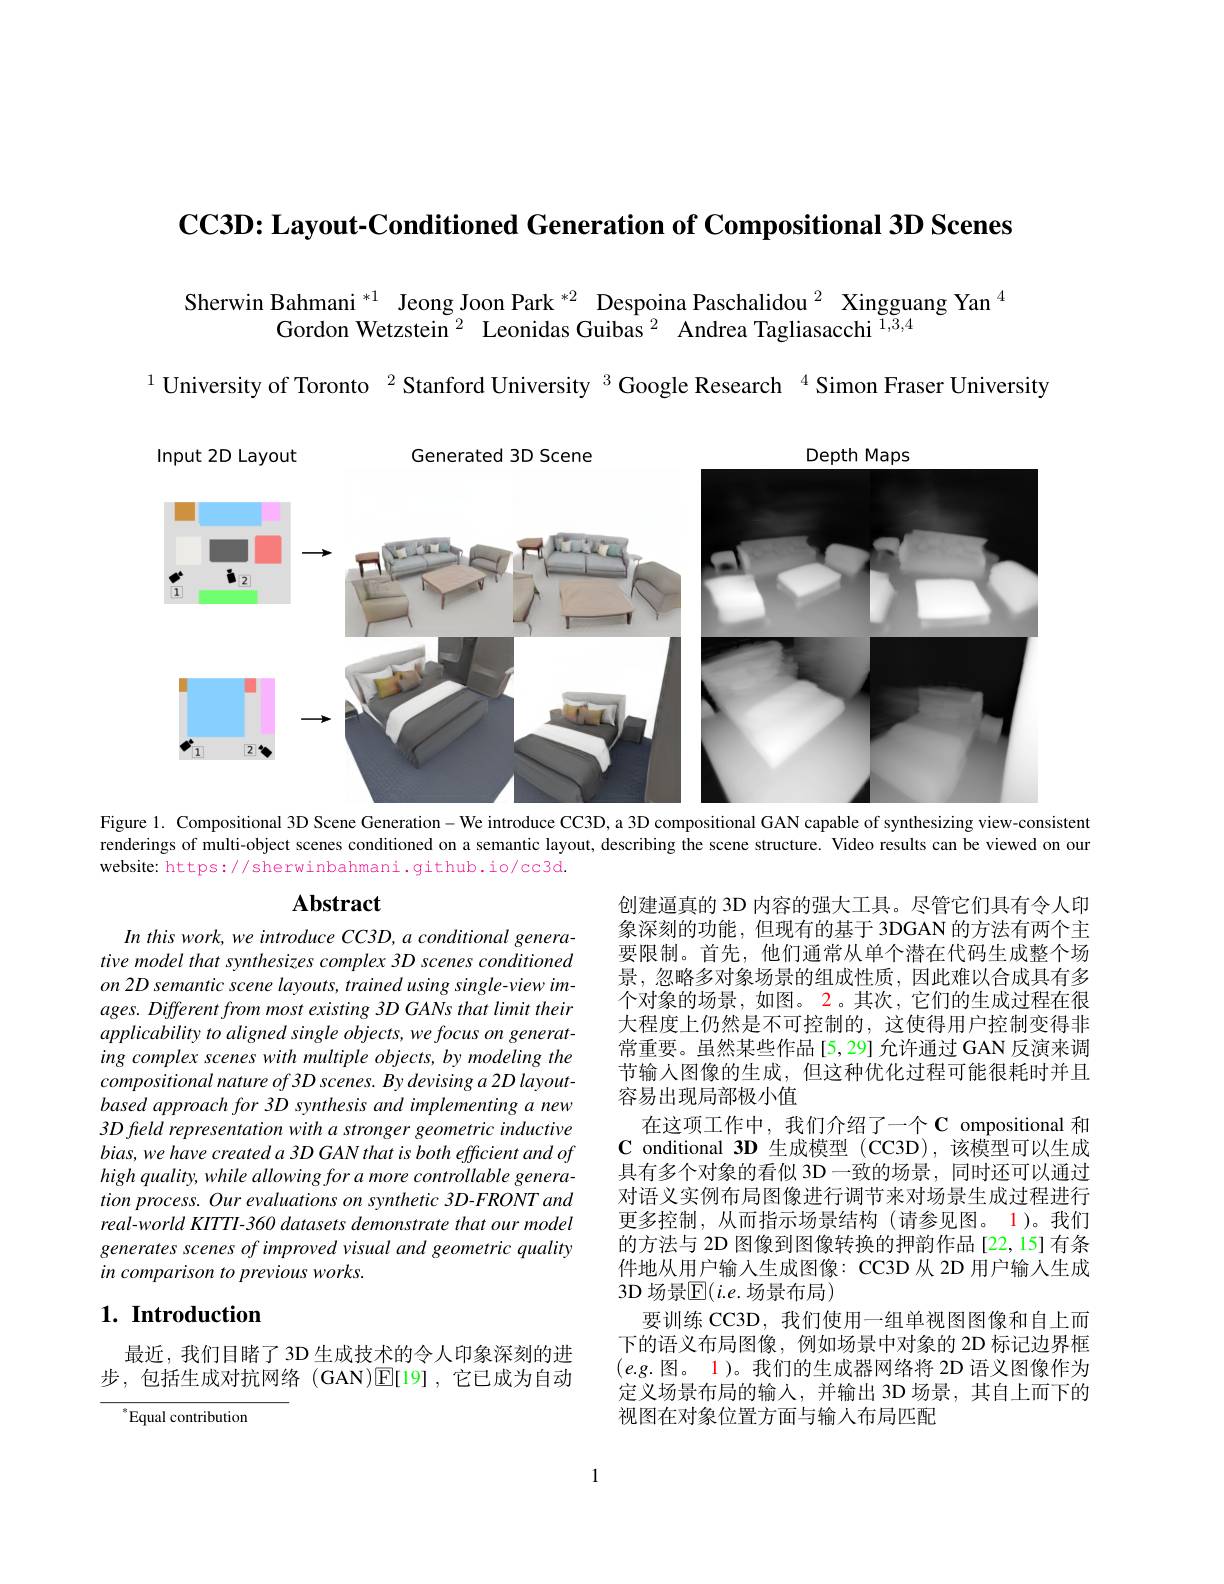
$\textbf{CC3D: Layout- Conditioned Generation of Compositional 3D Scenes}$

Sherwin Bahmani $^{*1}$ Jeong Joon Park $^{*2}$ Despoina Paschalidou $^{2}$ Xingguang Yan $^{4}$
Gordon Wetzstein $^{2}$ Leonidas Guibas $^{2}$ Andrea Tagliasacchi $^{1,3,4}$

$^{1}$ University of Toronto $^{2}$ Stanford University $^{3}$ Google Research $^{4}$ Simon Fraser University

<FigureHere>

Figure 1. Compositional 3D Scene Generation-We introduce CC3D, a 3D compositional GAN capable of synthesizing view-consistent

renderings of multi-object scenes conditioned on a semantic layout, describing the scene structure. Video results can be viewed on our
website: https://sherwinbahmani.github.io/cc3d.

## $\mathbf{Abstract}$

In this work, we introduce CC3D, a conditional generative model that synthesizes complex 3D scenes conditioned on 2D semantic scene layouts, trained using single-view images. Different from most existing 3D GANs that limit their applicability to aligned single objects, we focus on generating complex scenes with multiple objects, by modeling the compositional nature of 3D scenes. By devising a 2D layoutbased approach for 3D synthesis and implementing a new 3D freld representation with a stronger geometric inductive bias, we have created a 3D GAN that is both efficient and of high quality, while allowing for a more controllable generation process. Our evaluations on synthetic 3D-FRONT and real-world KITTI-360 datasets demonstrate that our model generates scenes of improved visual and geometric quality in comparison to previous works.

创建逼真的 3D 内容的强大工具。尽管它们具有令人印象深刻的功能，但现有的基于 3DGAN 的方法有两个主要限制。首先，他们通常从单个潜在代码生成整个场景，忽略多对象场景的组成性质，因此难以合成具有多个对象的场景，如图。2。其次，它们的生成过程在很大程度上仍然是不可控制的，这使得用户控制变得非常重要。虽然某些作品[5,29] 允许通过 GAN 反演来调节输入图像的生成，但这种优化过程可能很耗时并且容易出现局部极小值
在这项工作中，我们介绍了一个 C ompositional 和$\mathbf{C}$ onditional 3D 生成模型 (CC3D),该模型可以生成具有多个对象的看似 3D 一致的场景，同时还可以通过对语义实例布局图像进行调节来对场景生成过程进行更多控制，从而指示场景结构(请参见图。1)。我们的方法与 2D 图像到图像转换的押韵作品[22,15]有条件地从用户输入生成图像：CC3D 从 2D 用户输人生成3D场景$\mathbb{E}(i.e.$场景布局)
要训练 CC3D, 我们使用一组单视图图像和自上而下的语义布局图像，例如场景中对象的 2D 标记边界框$( e. g. 图 $。1)。我们的生成器网络将 2D 语义图像作为定义场景布局的输入，并输出 3D 场景，其自上而下的视图在对象位置方面与输人布局匹配

## $1. \textbf{Introduction}$

最近，我们目睹了3D生成技术的令人印象深刻的进步，包括生成对抗网络(GAN)$\mathbb{E}[19]$,它已成为自动

 Equal contribution

1